65_HS1-834228961_62-HQ-83894_Section_9
Agency: FBI
Page 188
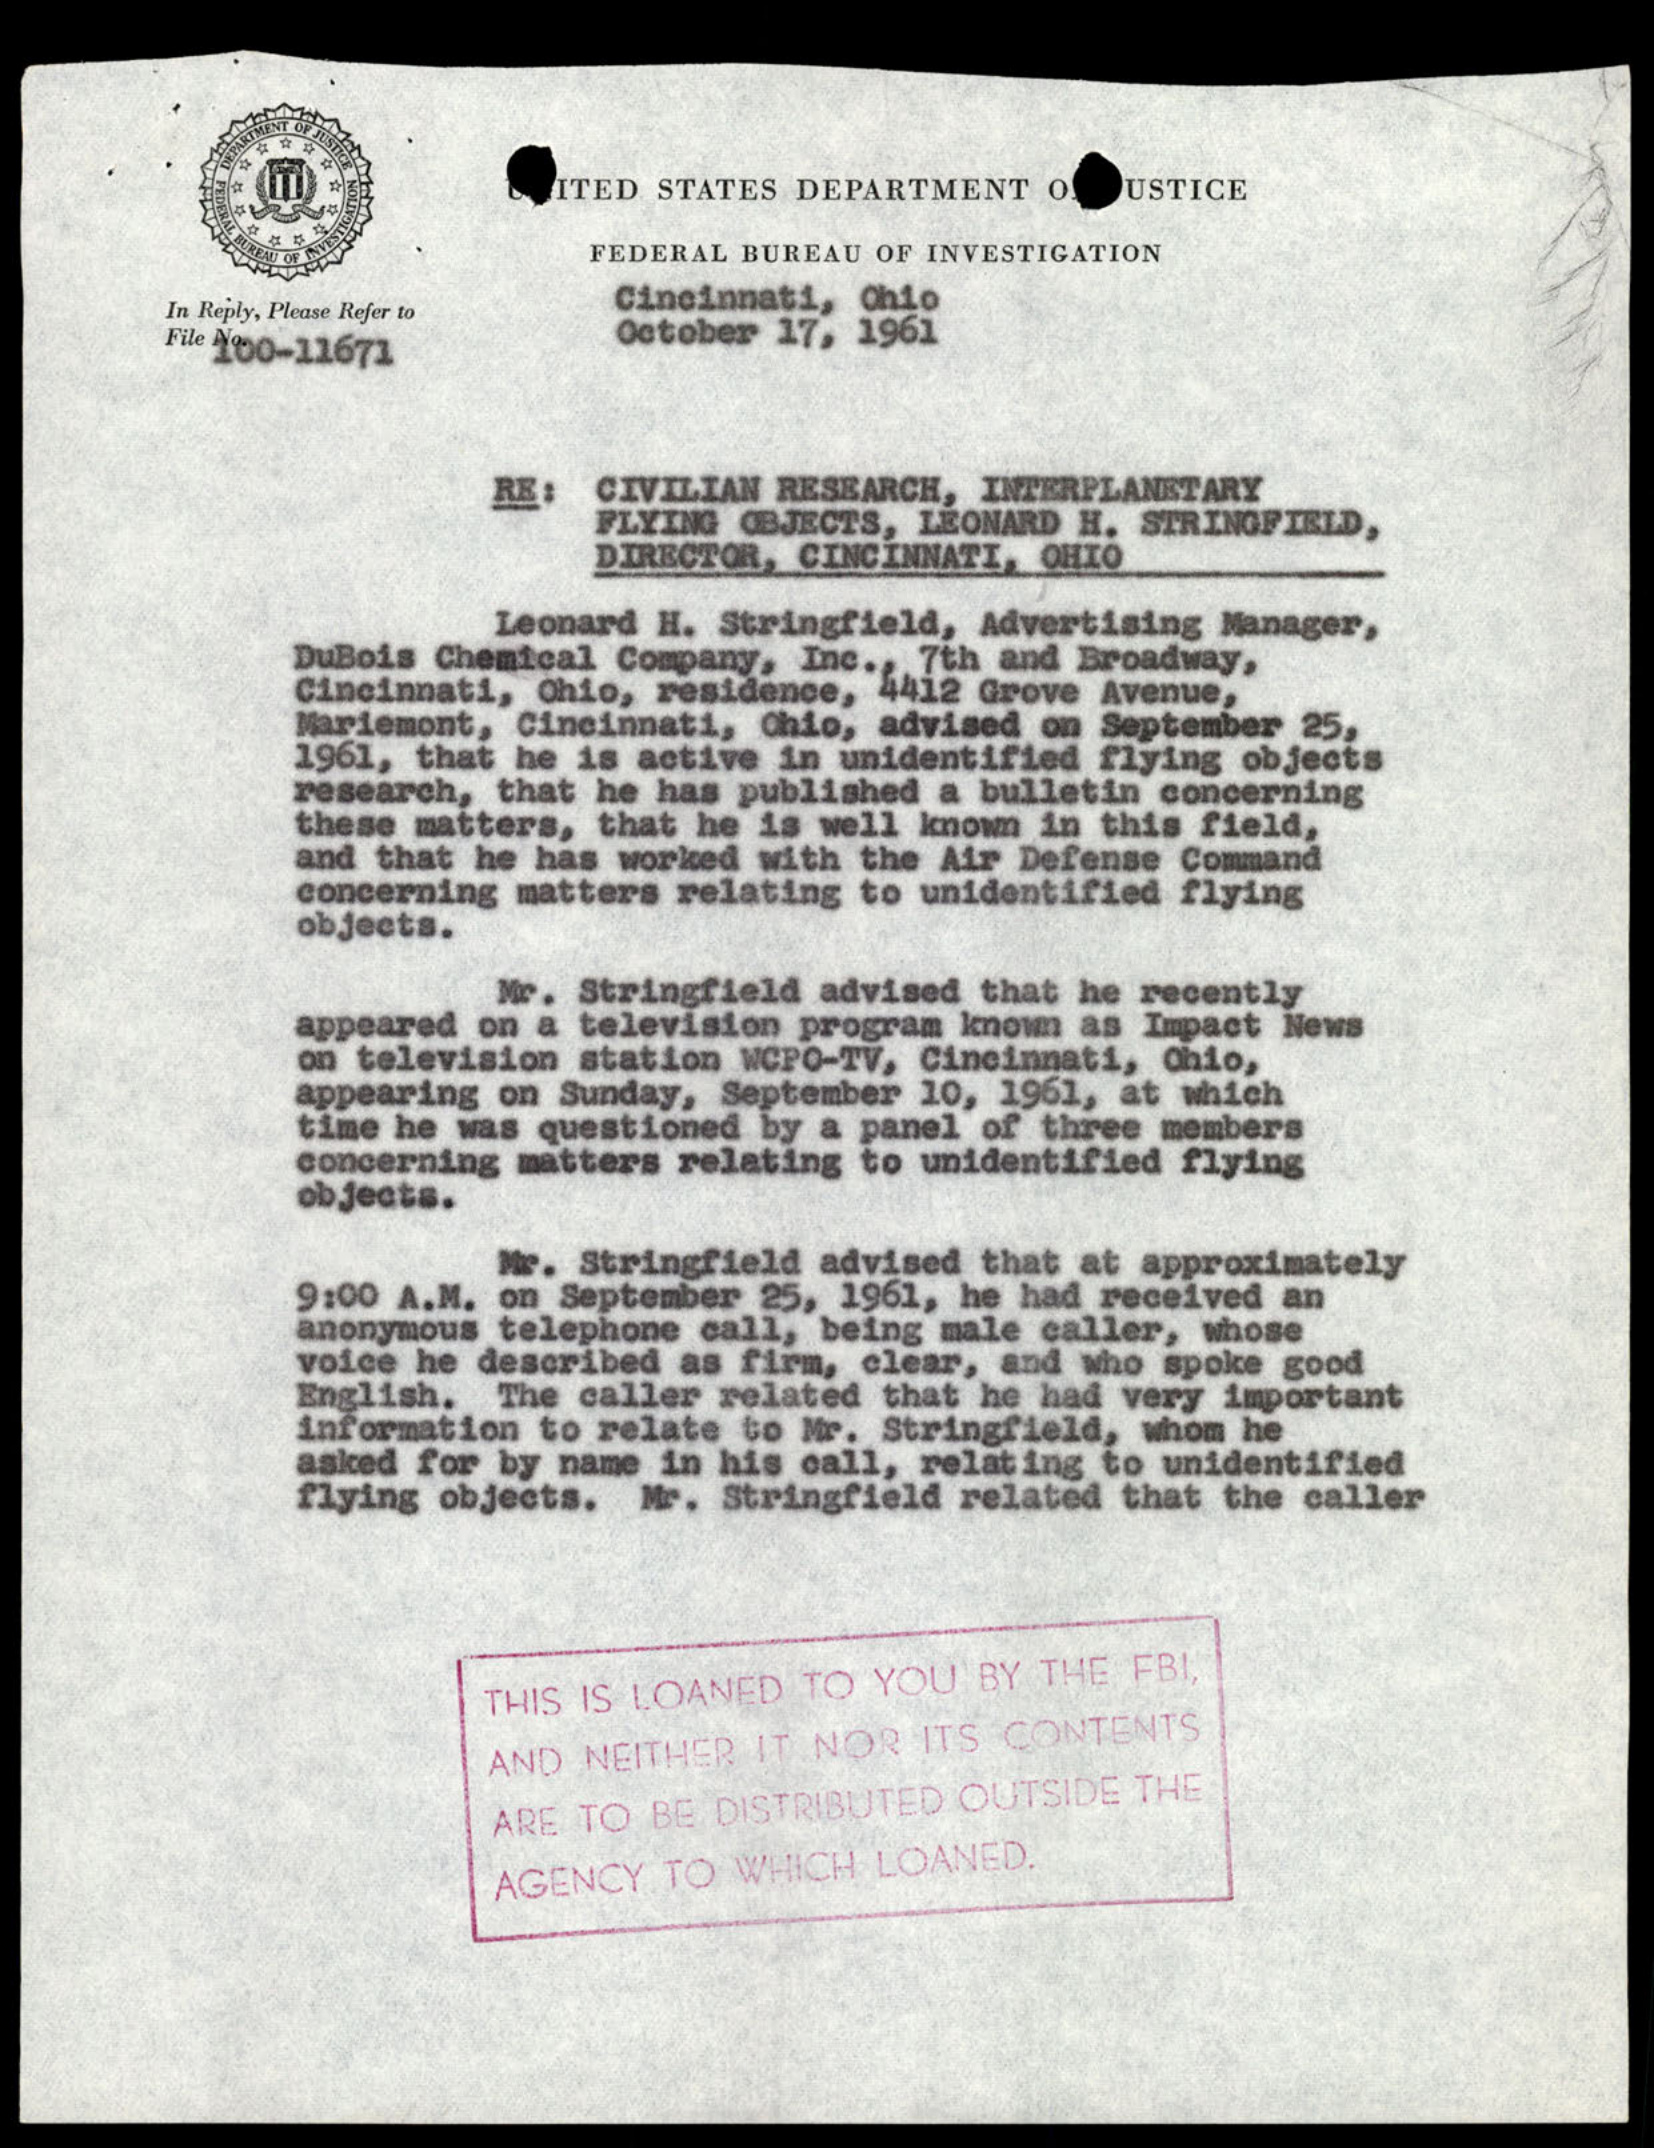